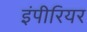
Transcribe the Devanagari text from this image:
इंपीरियर